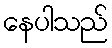
နေပါသည်